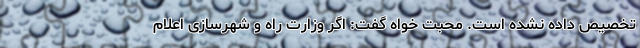
تخصیص داده نشده است. محبت خواه گفت: اگر وزارت راه و شهرسازی اعلام